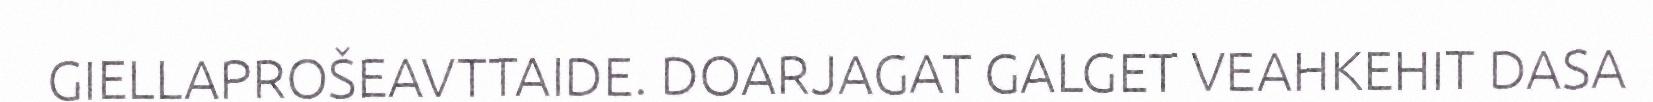
GIELLAPROŠEAVTTAIDE. DOARJAGAT GALGET VEAHKEHIT DASA